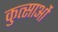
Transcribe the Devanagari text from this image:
कुत्साओं